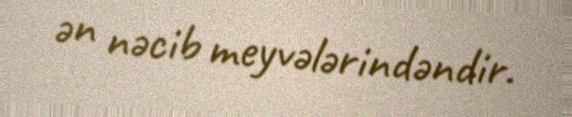
ən nəcib meyvələrindəndir.